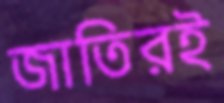
জাতিরই